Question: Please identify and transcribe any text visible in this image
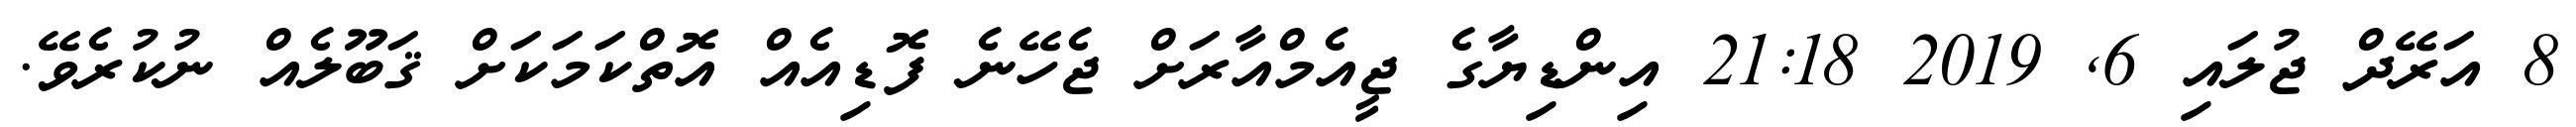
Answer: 8 އަރޭދް ޖުލައި 6, 2019 21:18 އިންޑިޔާގެ ޖީއެމްއާރަށް ޖެހޭނެ ފޮޑިއެއް އޮތްކަމަކަށް ޤަބޫލެއް ނުކުރެވޭ.